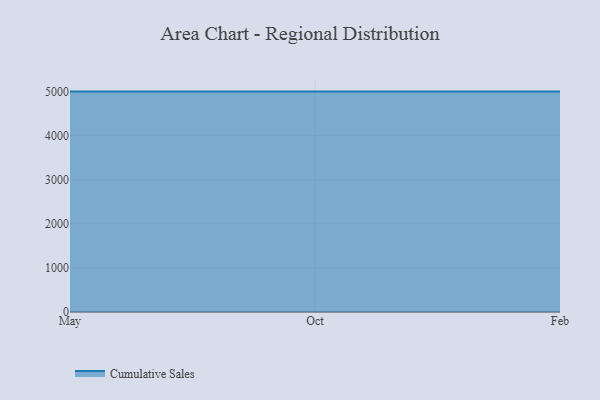
{"axis": {"x": "Month", "y": "Headcount"}, "legend": ["Cumulative Sales"], "data": [{"x": "May", "y": 5000, "type": "Cumulative Sales"}, {"x": "Oct", "y": 5000, "type": "Cumulative Sales"}, {"x": "Feb", "y": 5000, "type": "Cumulative Sales"}]}